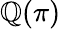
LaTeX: \mathbb{Q}(\pi)